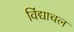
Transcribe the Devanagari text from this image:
विंद्याचल